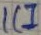
Text: IC1